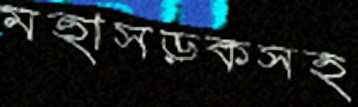
মহাসড়কসহ